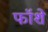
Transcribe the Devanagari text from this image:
फॉशे